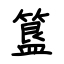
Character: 簋